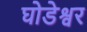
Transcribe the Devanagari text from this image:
घोडेश्वर